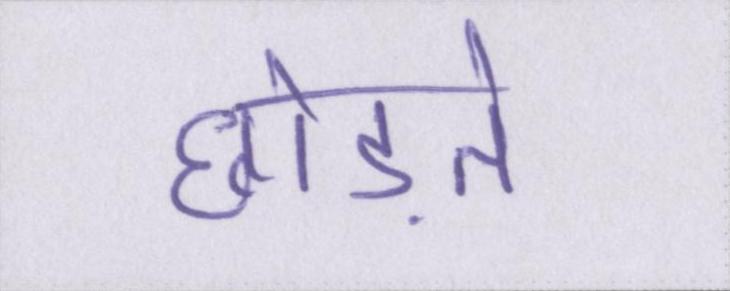
छोड़ते